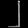
Digit: ၂